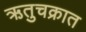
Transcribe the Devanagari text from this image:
ऋतुचक्रात